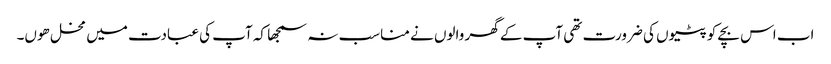
اب اس بچے کو پٹیوں کی ضرورت تھی آپ کے گھر والوں نے مناسب نہ سمجھا کہ آپ کی عبادت میں مخل ھوں۔